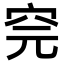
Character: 𥤸